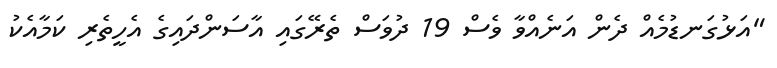
"އަޅުގަނޑުމެއް ދެން އަނެއްވާ ވެސް 19 ދުވަސް ތެރޭގައި އާސަންދައިގެ އެހީތެރި ކަމާއެކު